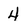
Character: 4